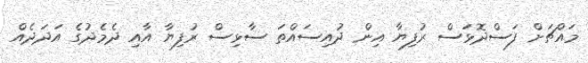
މައްޗަށް ފަސްދޮޅަސް ރުފިޔާ އިން ދުއިސައްތަ ސާޅިސް ރުފިޔާ އާއި ދެމެދުގެ އަދަދެއް